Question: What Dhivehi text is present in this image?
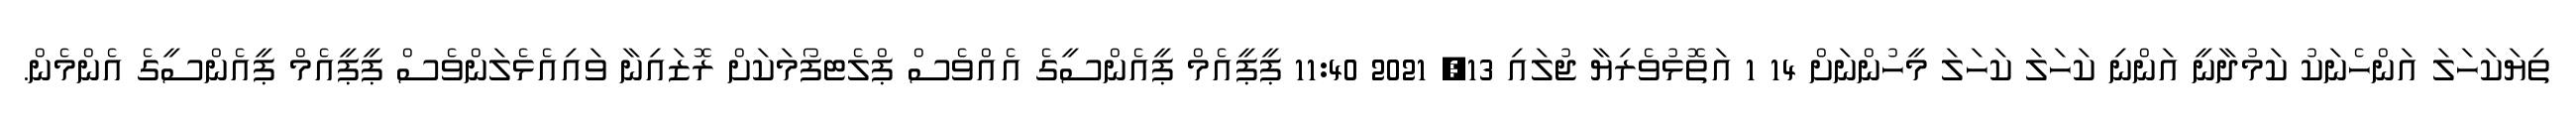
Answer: ތިޔަކަހަލަ އަންހެނަކު ކަމުދާނީ އަންނި ކަހަލަ ކަހަލަ މީހުންނަށް 14 1 އަތޮޅުވެރިޔާ ޖުލައި 13, 2021 11:40 ޕީޕީއެމް ޕީއެންސީގެ އެއްވެސް ޕްލެޓފޯމަކަށް ރޮޒައިނާ ވައިއެޅެލަންވެސް ޕީޕީއެމް ޕީއެންސީގެ އެންމެން.